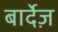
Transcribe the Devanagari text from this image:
बार्देज़